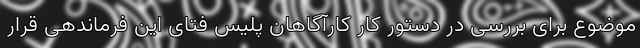
موضوع برای بررسی در دستور کار کارآگاهان پلیس فتای این فرماندهی قرار